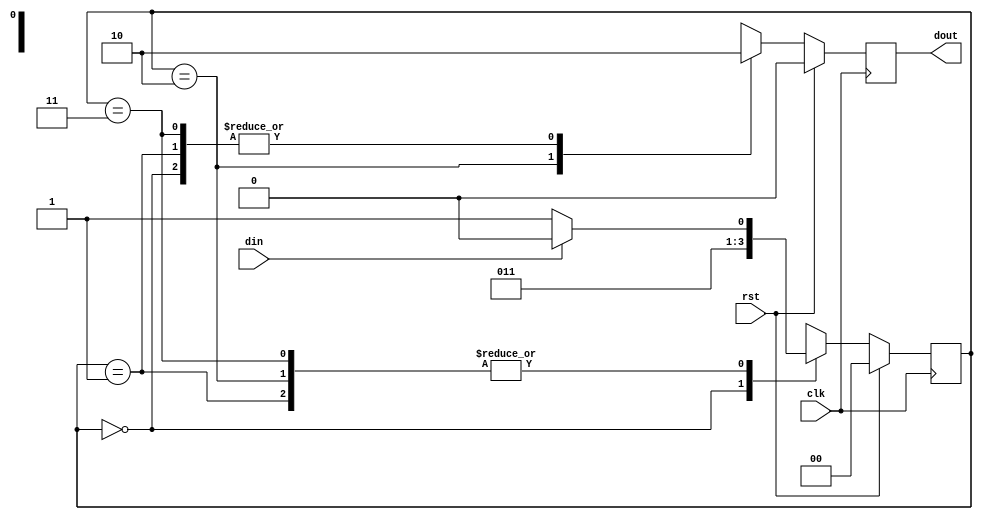
`timescale 1ns / 1ps
//////////////////////////////////////////////////////////////////////////////////
// Company: 
// Engineer: 
// 
// Design Name: 
// Module Name: mealy_FSM_example
// Project Name: 
// Target Devices: 
// Tool Versions: 
// Description: 
// 
// Dependencies: 
// 
// Revision:
// Revision 0.01 - File Created
// Additional Comments:
// 
//////////////////////////////////////////////////////////////////////////////////


module mealy_FSM_example(
    input clk,rst,din,
    output reg dout
    );
    
    parameter idle=0;
    parameter s0=1;
    parameter s1=2;
    parameter s2=3;
    
    reg [1:0] state=idle;
    
    always@(posedge clk)
    begin
    if(rst==1'b1)
    begin
        dout<=1'b0;
        state<=idle;
    end
    else
        begin
        case(state)
        idle:   begin
                state<=s0;
                dout<=1'b0;
                end
        s0:     begin
                if(din==1'b1)
                begin
                state<=s1;
                dout<=1'b0;
                end
                else
                begin
                state<=s2;
                dout<=1'b0;
                end
                end
       s1:      begin
                if(din==1'b1)
                begin
                state<=s1;
                dout<=1'b1;
                end
                else
                begin
                state<=s2;
                dout<=1'b1;
                end
                end
        s2:      begin
                if(din==1'b1)
                begin
                state<=s1;
                dout<=1'b0;
                end
                else
                begin
                state<=s2;
                dout<=1'b0;
                end
                end
                endcase
                end
                end
endmodule